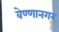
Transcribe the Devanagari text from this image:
वेण्णानगर